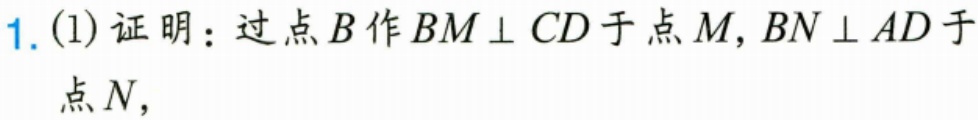
1. (1) 证明：过点\(B\)作\(BM\perp CD\)于点\(M\)，\(BN\perp AD\)于
点\(N\)，